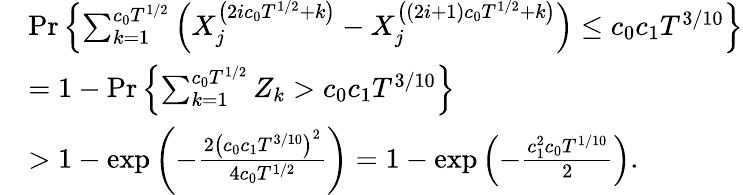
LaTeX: \begin{array}{rl}&{\operatorname*{Pr}\left\{ \sum_{k=1}^{c_{0}T^{1/2}}\left(X_{j}^{\left(2ic_{0}T^{1/2}+k\right)}-X_{j}^{\left((2i+1)c_{0}T^{1/2}+k\right)}\right)\leq c_{0}c_{1}T^{3/10}\right\} }\\ &{=1-\operatorname*{Pr}\left\{ \sum_{k=1}^{c_{0}T^{1/2}}Z_{k}>c_{0}c_{1}T^{3/10}\right\} }\\ &{>1-\exp\left(-\frac{2\left(c_{0}c_{1}T^{3/10}\right)^{2}}{4c_{0}T^{1/2}}\right)=1-\exp\left(-\frac{c_{1}^{2}c_{0}T^{1/10}}{2}\right).}\end{array}